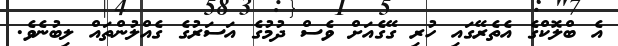
އެ ބްލޮކްގެ އެތެރޭގައި ހުރި ގޭގެއަށް ވެސް ދުމުގެ އަސަރުގެ ގެއްލުންތައް ލިބުނެވެ.